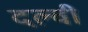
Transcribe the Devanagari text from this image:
दल्वी